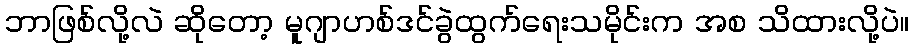
ဘာဖြစ်လို့လဲ ဆိုတော့ မူဂျာဟစ်ဒင်ခွဲထွက်ရေးသမိုင်းက အစ သိထားလို့ပဲ။